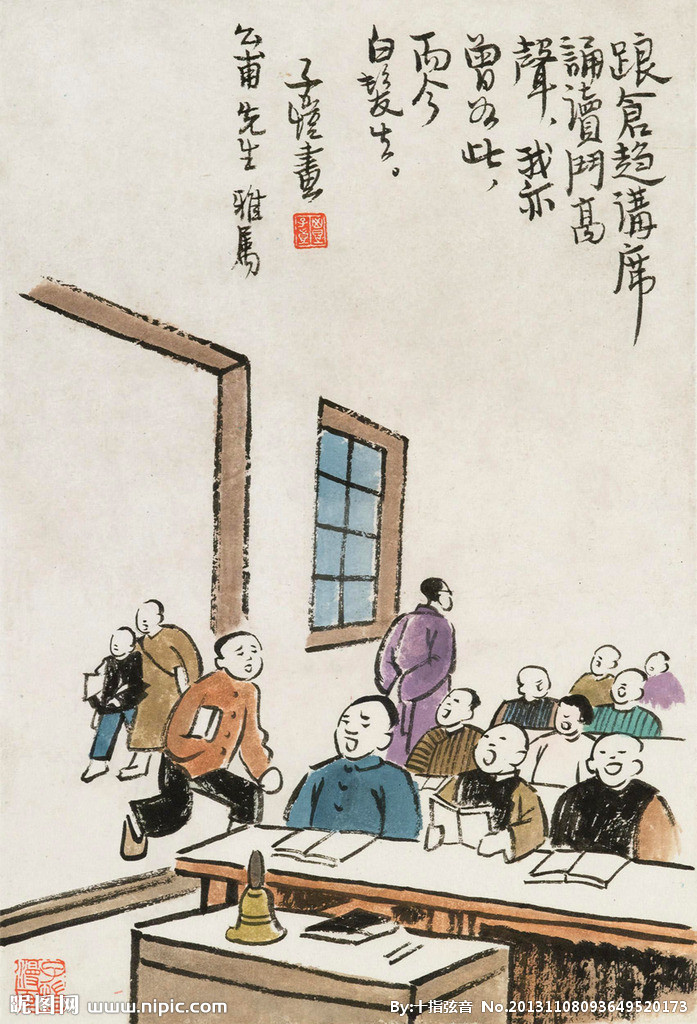
萤飞秋窗满，月度霜闺迟。